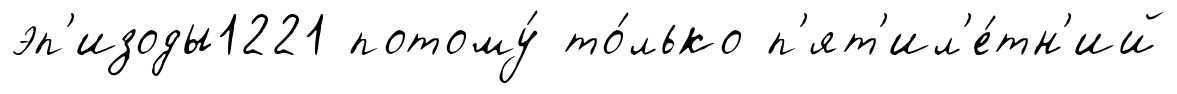
эп'изоды1221 потому́ то́лько п'ят'ил'е́тн'ий